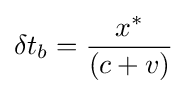
\delta t_{b}={\frac {x^{\ast }}{\left(c+v\right)}}